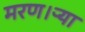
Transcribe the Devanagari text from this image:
मरण।ऱ्या